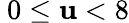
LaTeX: \ 0\leq\mathbf{u}<8